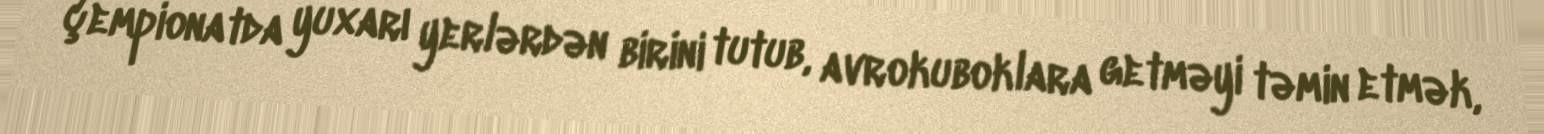
çempionatda yuxarı yerlərdən birini tutub, avrokuboklara getməyi təmin etmək,